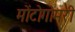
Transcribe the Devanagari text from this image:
मोंटोगोमरी